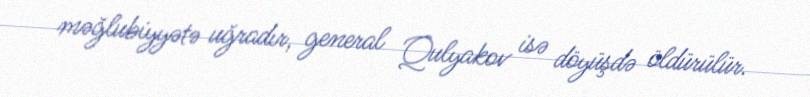
məğlubiyyətə uğradır, general Qulyakov isə döyüşdə öldürülür.